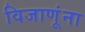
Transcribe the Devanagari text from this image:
विजाणूंना